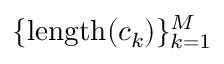
\{ \mathrm { l e n g t h } ( c _ { k } ) \} _ { k = 1 } ^ { M }